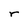
Character: r